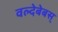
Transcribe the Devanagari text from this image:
वल्देबेबस्